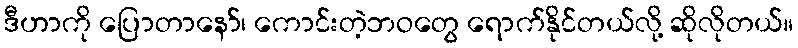
ဒီဟာကို ပြောတာနော်၊ ကောင်းတဲ့ဘဝတွေ ရောက်နိုင်တယ်လို့ ဆိုလိုတယ်။